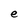
Character: e